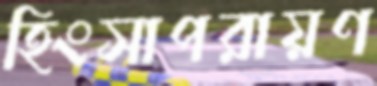
হিংসাপরায়ণ